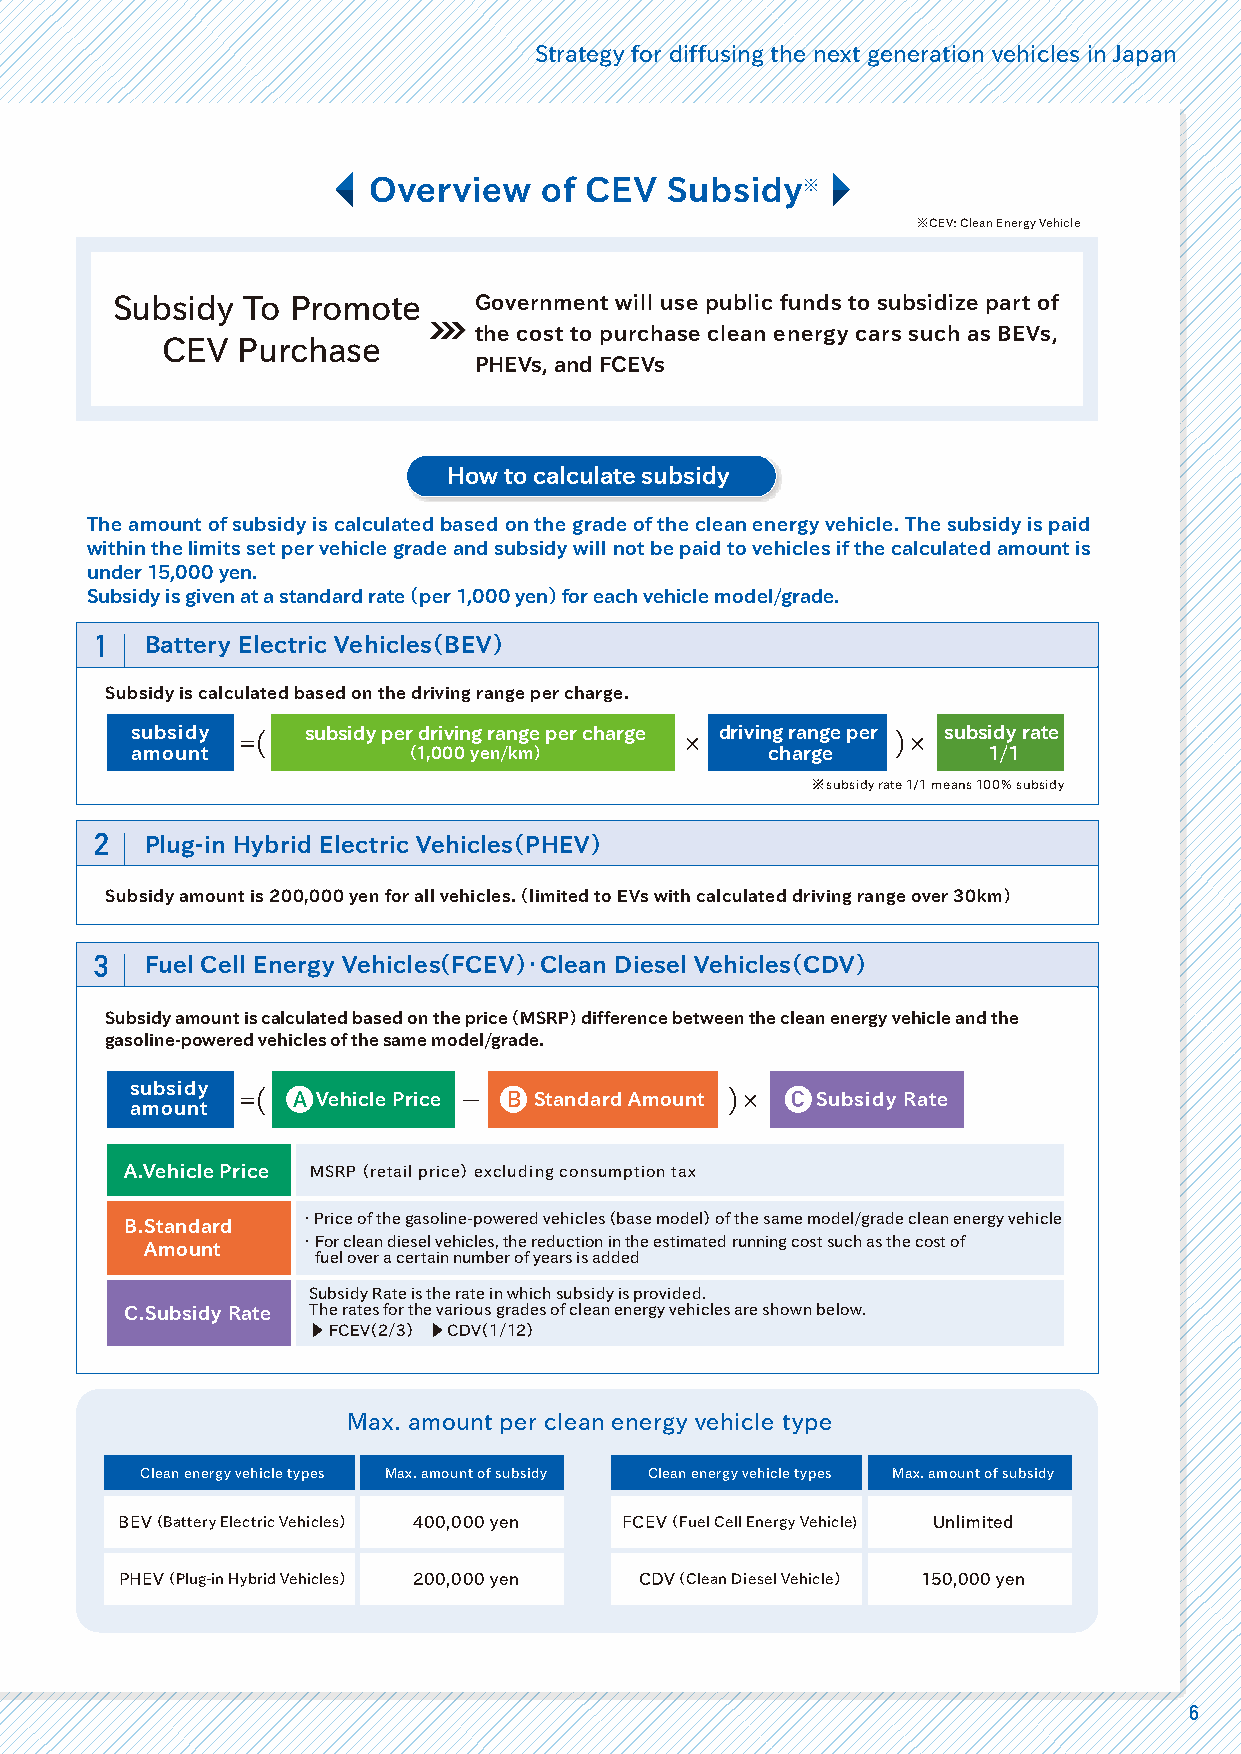
Strategy for diffusing the next generation vehicles in Japan
 Overview    of CEV  Subsidy※
 ※CEV: Clean Energy Vehicle
 SSuubbssiiddyy TToo PPrroommoottee Government will use public funds to subsidize part of
 the cost to purchase clean energy cars such as BEVs,
 CCEEVV PPuurrcchhaassee
 PHEVs, and FCEVs
 How to calculate subsidy
 The amount of subsidy is calculated based on the grade of the clean energy vehicle. The subsidy is paid
 within the limits set per vehicle grade and subsidy will not be paid to vehicles if the calculated amount is
 under 15,000 yen.
 Subsidy is given at a standard rate（ per 1,000 yen） for each vehicle model/grade.
 1   Battery Electric Vehicles（BEV）
 Subsidy is calculated based on the driving range per charge.
 subsidy    subsidy per driving range per charge driving range per subsidy rate
 （＝                           ×             ）×
 amount            （1,000 yen/km）          charge        1/1
 ※subsidy rate 1/1 means 100% subsidy
 2   Plug-in Hybrid Electric Vehicles（PHEV）
 Subsidy amount is 200,000 yen for all vehicles.（ limited to EVs with calculated driving range over 30km）
 3   Fuel Cell Energy Vehicles（FCEV）・Clean Diesel Vehicles（CDV）
 Subsidy amount is calculated based on the price（ MSRP） difference between the clean energy vehicle and the
 gasoline-powered vehicles of the same model/grade.
 subsidy
 amount （＝ A Vehicle Price ー B Standard Amount ）× C Subsidy Rate
 A.Vehicle Price MSRP（ retail price） excluding consumption tax
 ・Price of the gasoline-powered vehicles（ base model） of the same model/grade clean energy vehicle
 B.Standard
 ・For clean diesel vehicles, the reduction in the estimated running cost such as the cost of
 Amount
 fuel over a certain number of years is added
 Subsidy Rate is the rate in which subsidy is provided.
 C.Subsidy Rate The rates for the various grades of clean energy vehicles are shown below.
 ▶ FCEV（2/3） ▶ CDV（1/12）
 Max. amount per clean energy vehicle type
 Clean energy vehicle types Max. amount of subsidy Clean energy vehicle types Max. amount of subsidy
 BEV（ Battery Electric Vehicles） 400,000 yen FCEV（ Fuel Cell Energy Vehicle) Unlimited
 PHEV（ Plug-in Hybrid Vehicles） 200,000 yen CDV（ Clean Diesel Vehicle） 150,000 yen
 6